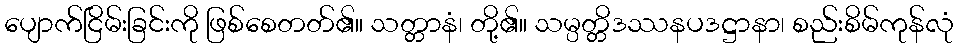
ပျောက်ငြိမ်းခြင်းကို ဖြစ်စေတတ်၏။ သတ္တာနံ၊ တို့၏။ သမ္ပတ္တိဒဿနပဒဋ္ဌာနာ၊ စည်းစိမ်ကုန်လုံ